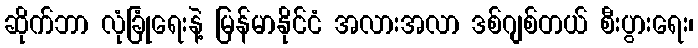
ဆိုက်ဘာ လုံခြုံရေးနဲ့ မြန်မာနိုင်ငံ အလားအလာ ဒစ်ဂျစ်တယ် စီးပွားရေး၊